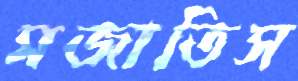
মজাতিস